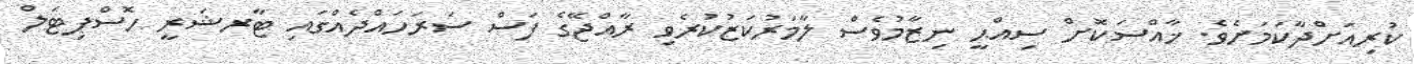
ކުރިއަށްދާކަމަށެވެ. ޚާއްސަކޮށް ސިއްޙީ ނިޒާމުވެސް ލާމަރުކަޒުކުރެވި ރާއްޖޭގެ ފަސް ސަރަހައްދެއްގައި ޓާރޝަރީ ހޮސްޕިޓަލް